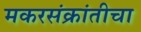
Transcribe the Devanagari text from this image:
मकरसंक्रांतीचा